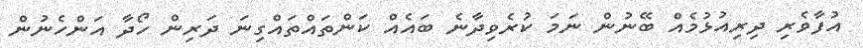
އުފާވެރި ދިރިއުޅުމެއް ބޭނުން ނަމަ ކުރެވިދާނެ ބައެއް ކަންތައްތައްގިނަ ދަރިން ހޯދާ އަންހެނުން